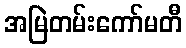
အမြဲတမ်းကော်မတီ